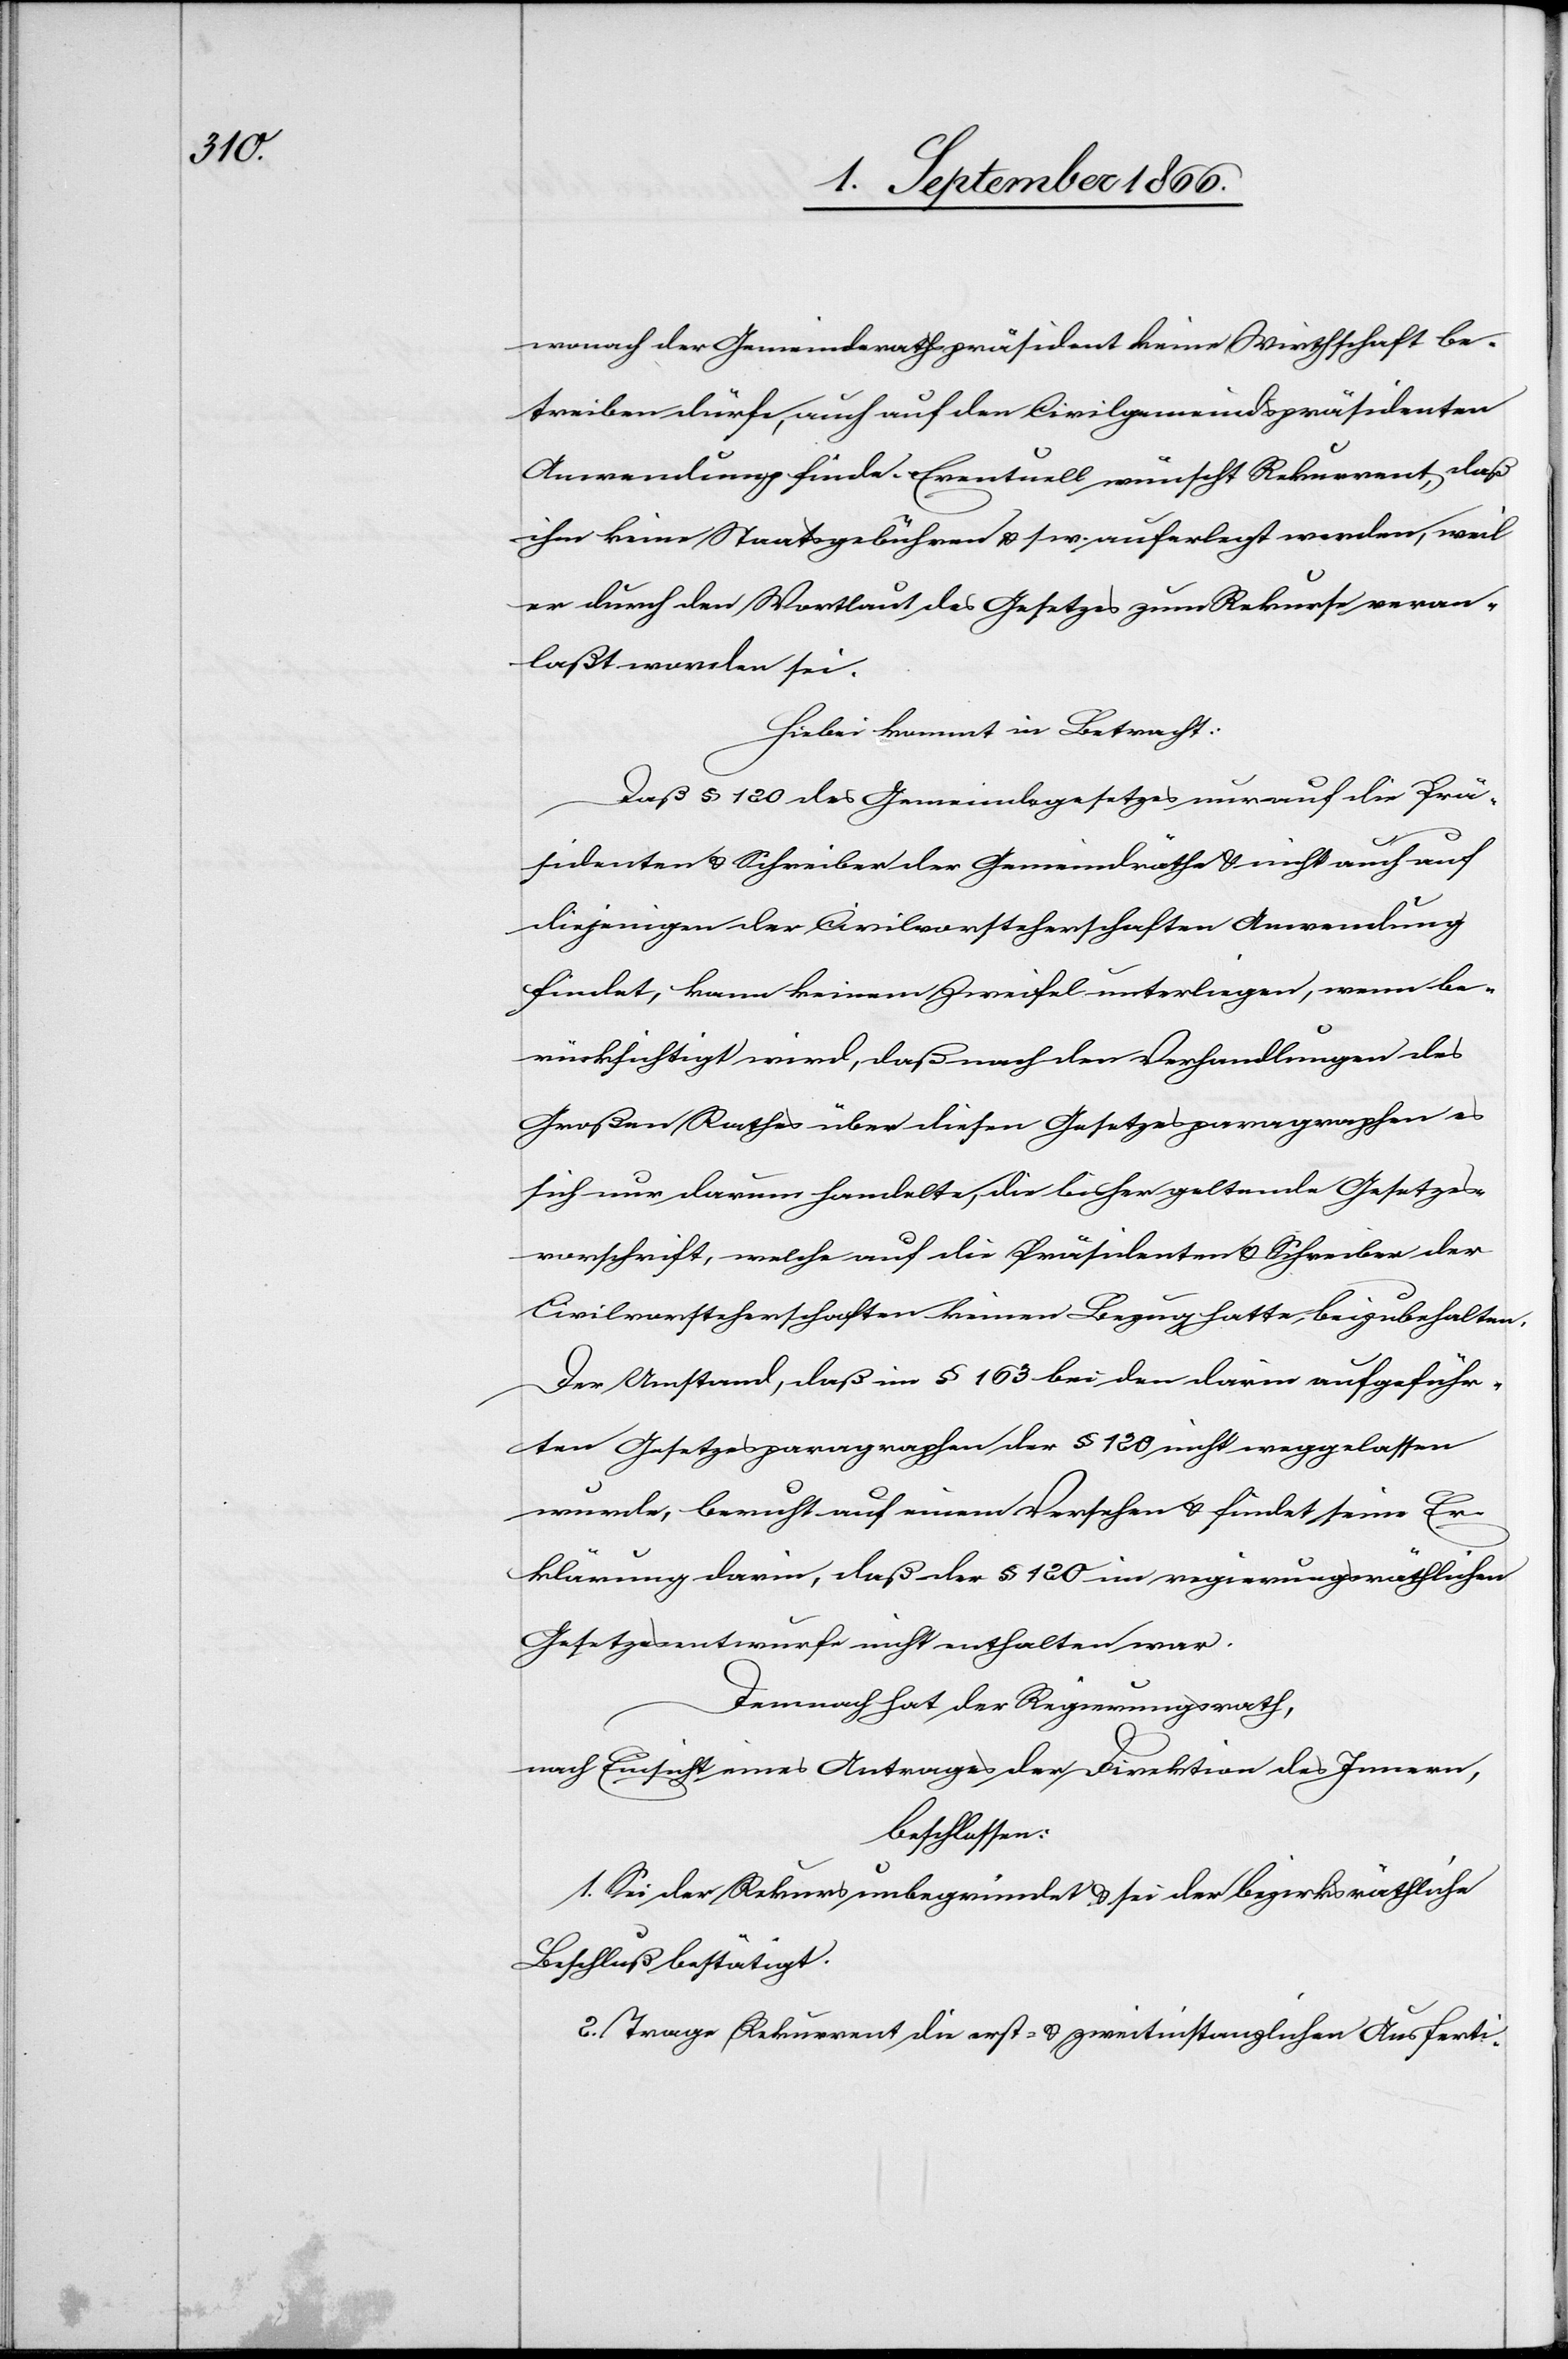
wonach der Gemeindrathspräsident keine Wirthschaft be¬
treiben dürfe, auch auf den Civilgemeindspräsidenten
Anwendung finde. Eventuell wünscht Rekurrent, daß
ihm keine Staatsgebühren u. s. w. auferlegt werden, weil
er durch den Wortlaut des Gesetzes zum Rekurse veran¬
laßt worden sei.
Hiebei kommt in Betracht:
Daß § 120 des Gemeindegesetzes nur auf die Prä¬
sidenten u. Schreiber der Gemeindräthe u. nicht auch auf
diejenigen der Civilvorsteherschaften Anwendung
findet, kann keinem Zweifel unterliegen, wenn be¬
rücksichtig wird, daß nach den Verhandlungen des
Großen Rathes über diesen Gesetzparagraphen es
sich nur darum handelte, die bisher geltende Gesetzes¬
vorschrift, welche auf die Präsidenten u. Schreiber der
Civilvorsteherschaften keinen Bezug hatte, beizubehalten.
Der Umstand, daß im § 163 bei den darin aufgeführ¬
ten Gesetzesparagraphen der § 120 nicht weggelassen
wurde, beruht auf einem Versehen u. findet seine Er¬
klärung darin, daß der § 120 im regierungsräthlichen
Gesetzesentwurf nicht enthalten war.
Demnach hat der Regierungsrath,
nach Einsicht eines Antrages der Direktion des Innern,
beschlossen:
1. Sei der Rekurs unbegründet u. sei der bezirksräthliche
Beschluß bestätigt.
2. Trage Rekurrent die erst- u. zweitinstanzlichen Ausferti-